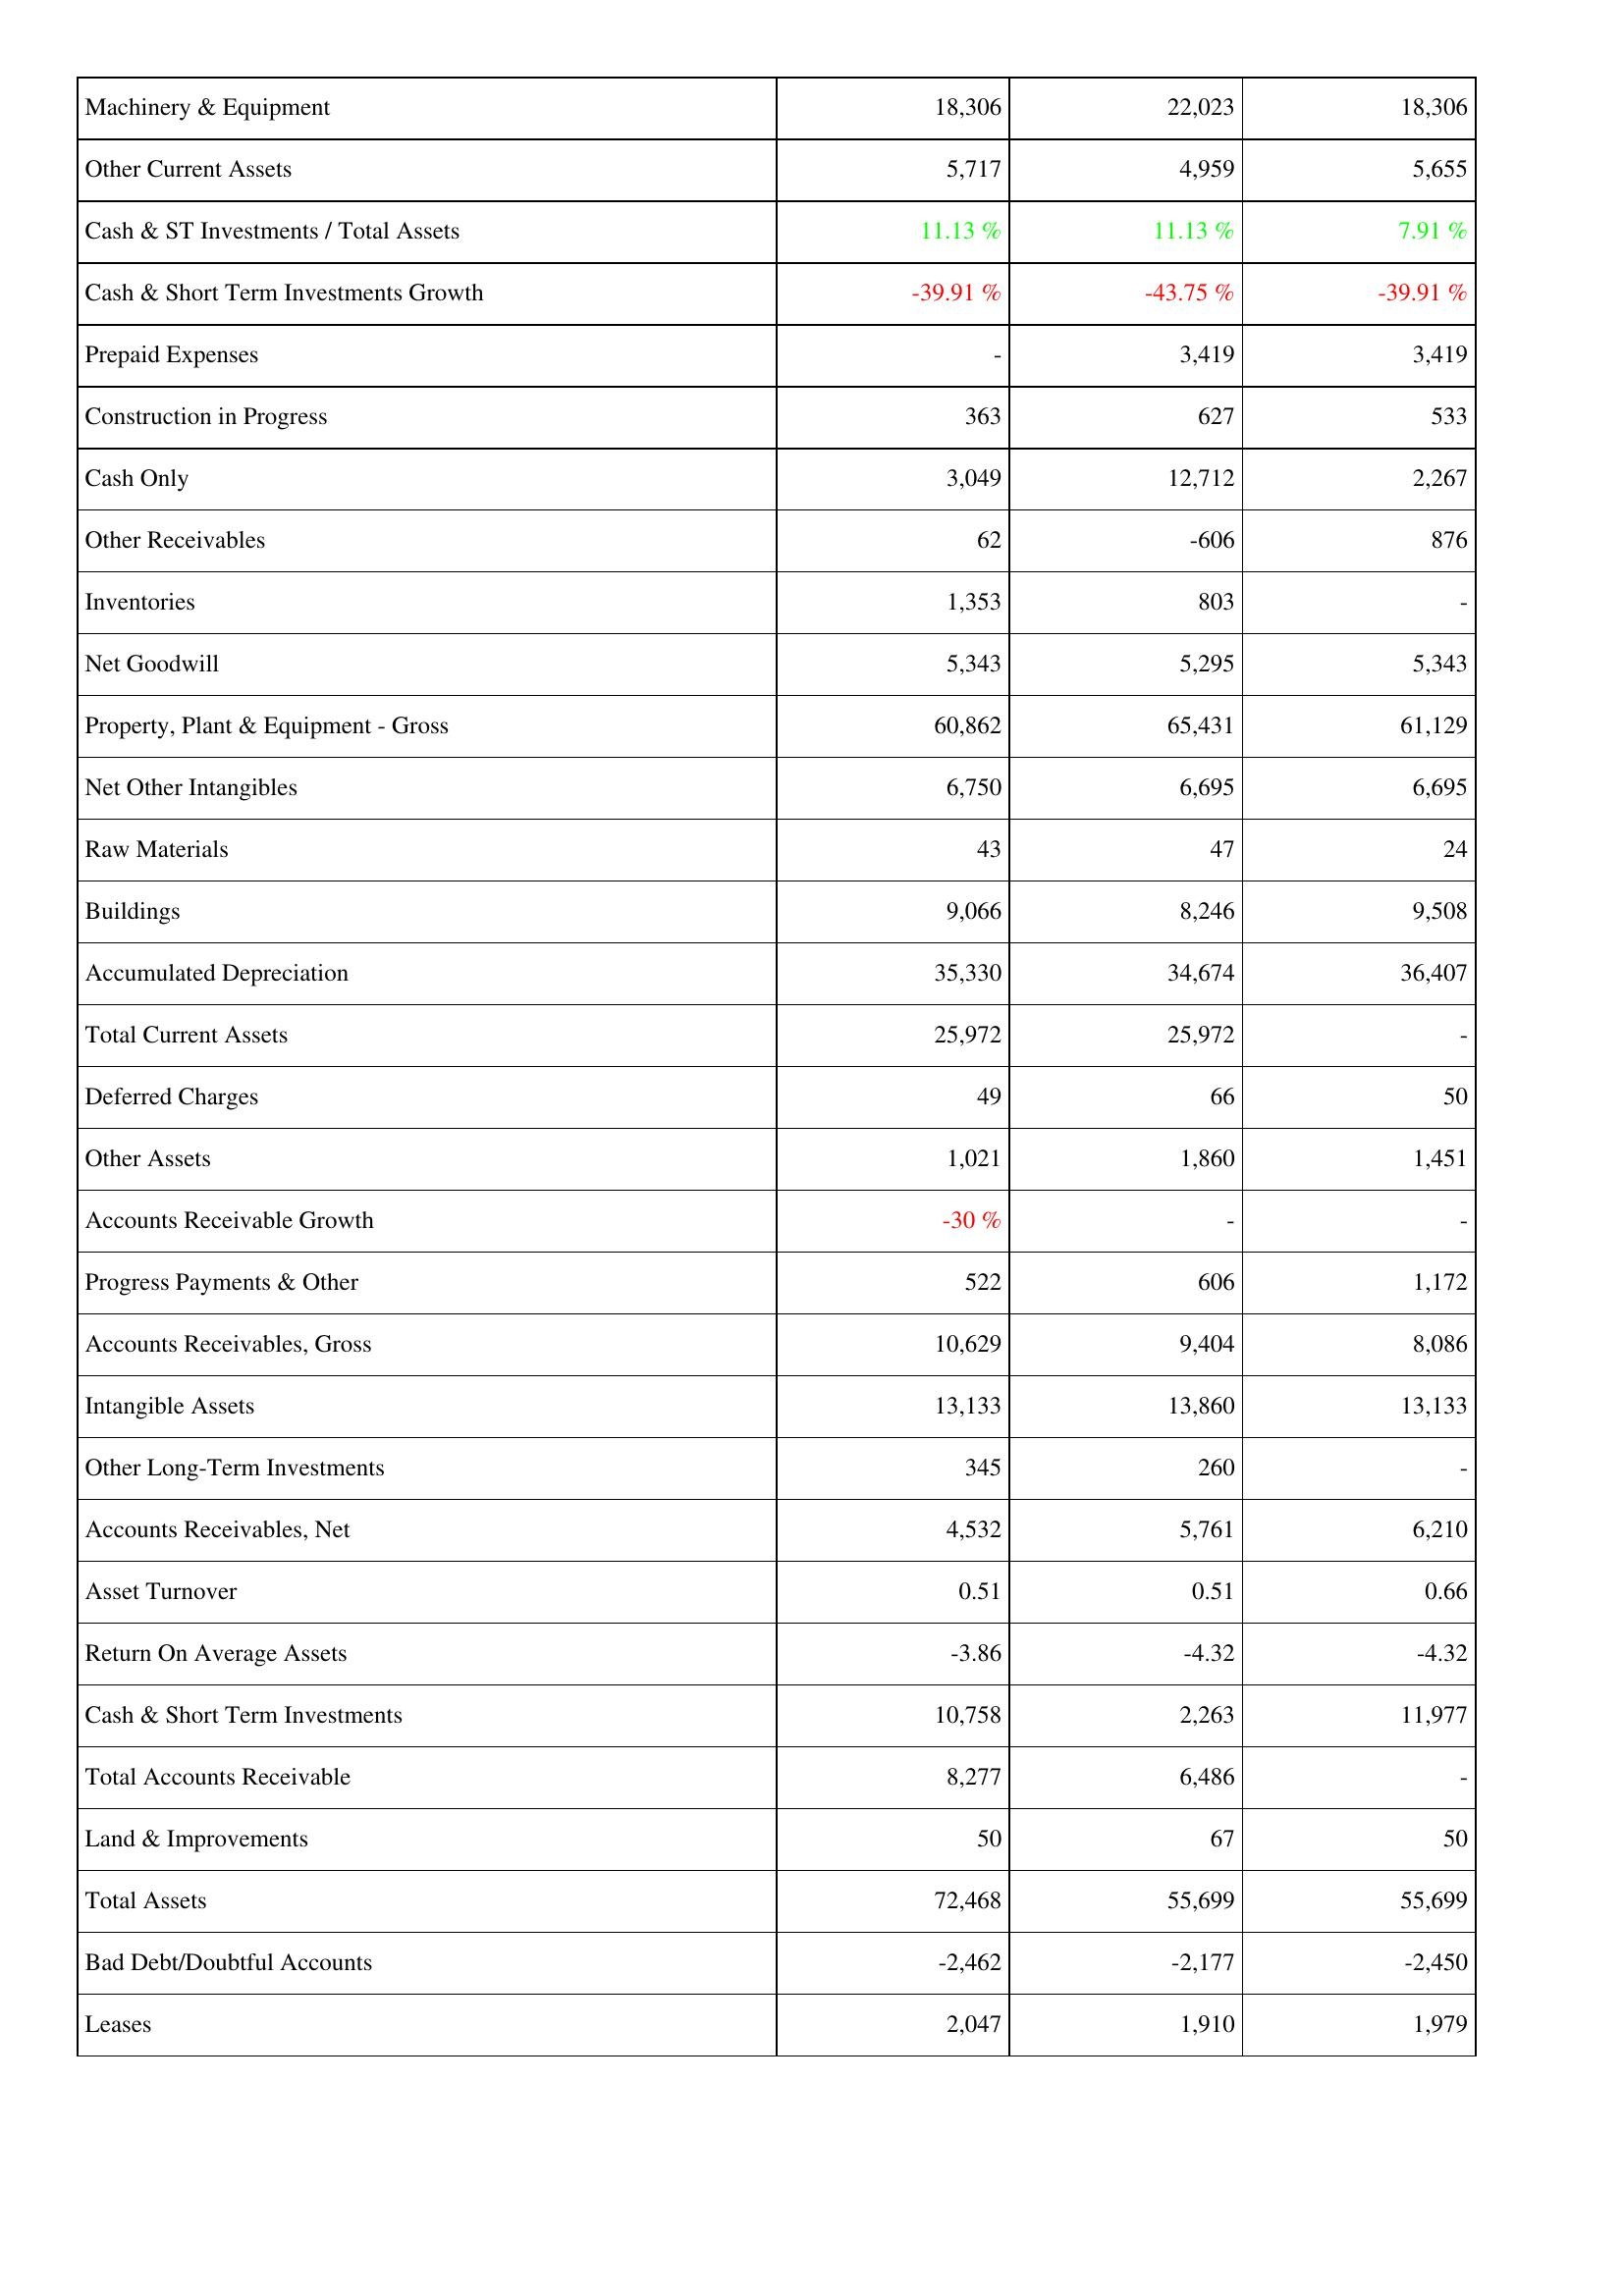
2019: Assets: Machinery & Equipment: 18,306
Other Current Assets: 5,717
Cash & ST Investments / Total Assets: 11.13 %
Cash & Short Term Investments Growth: -39.91 %
Prepaid Expenses: -
Construction in Progress: 363
Cash Only: 3,049
Other Receivables: 62
Inventories: 1,353
Net Goodwill: 5,343
Property, Plant & Equipment - Gross: 60,862
Net Other Intangibles: 6,750
Raw Materials: 43
Buildings: 9,066
Accumulated Depreciation: 35,330
Total Current Assets: 25,972
Deferred Charges: 49
Other Assets: 1,021
Accounts Receivable Growth: -30 %
Progress Payments & Other: 522
Accounts Receivables, Gross: 10,629
Intangible Assets: 13,133
Other Long-Term Investments: 345
Accounts Receivables, Net: 4,532
Asset Turnover: 0.51
Return On Average Assets: -3.86
Cash & Short Term Investments: 10,758
Total Accounts Receivable: 8,277
Land & Improvements: 50
Total Assets: 72,468
Bad Debt/Doubtful Accounts: -2,462
Leases: 2,047
2020: Assets: Machinery & Equipment: 22,023
Other Current Assets: 4,959
Cash & ST Investments / Total Assets: 11.13 %
Cash & Short Term Investments Growth: -43.75 %
Prepaid Expenses: 3,419
Construction in Progress: 627
Cash Only: 12,712
Other Receivables: -606
Inventories: 803
Net Goodwill: 5,295
Property, Plant & Equipment - Gross: 65,431
Net Other Intangibles: 6,695
Raw Materials: 47
Buildings: 8,246
Accumulated Depreciation: 34,674
Total Current Assets: 25,972
Deferred Charges: 66
Other Assets: 1,860
Accounts Receivable Growth: -
Progress Payments & Other: 606
Accounts Receivables, Gross: 9,404
Intangible Assets: 13,860
Other Long-Term Investments: 260
Accounts Receivables, Net: 5,761
Asset Turnover: 0.51
Return On Average Assets: -4.32
Cash & Short Term Investments: 2,263
Total Accounts Receivable: 6,486
Land & Improvements: 67
Total Assets: 55,699
Bad Debt/Doubtful Accounts: -2,177
Leases: 1,910
2021: Assets: Machinery & Equipment: 18,306
Other Current Assets: 5,655
Cash & ST Investments / Total Assets: 7.91 %
Cash & Short Term Investments Growth: -39.91 %
Prepaid Expenses: 3,419
Construction in Progress: 533
Cash Only: 2,267
Other Receivables: 876
Inventories: -
Net Goodwill: 5,343
Property, Plant & Equipment - Gross: 61,129
Net Other Intangibles: 6,695
Raw Materials: 24
Buildings: 9,508
Accumulated Depreciation: 36,407
Total Current Assets: -
Deferred Charges: 50
Other Assets: 1,451
Accounts Receivable Growth: -
Progress Payments & Other: 1,172
Accounts Receivables, Gross: 8,086
Intangible Assets: 13,133
Other Long-Term Investments: -
Accounts Receivables, Net: 6,210
Asset Turnover: 0.66
Return On Average Assets: -4.32
Cash & Short Term Investments: 11,977
Total Accounts Receivable: -
Land & Improvements: 50
Total Assets: 55,699
Bad Debt/Doubtful Accounts: -2,450
Leases: 1,979